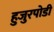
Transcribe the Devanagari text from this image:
हुजुरपोडी